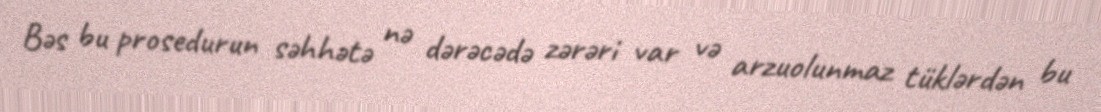
Bəs bu prosedurun səhhətə nə dərəcədə zərəri var və arzuolunmaz tüklərdən bu